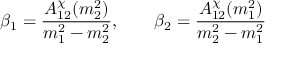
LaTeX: \beta _ { 1 } = { \frac { A _ { 1 2 } ^ { \chi } ( m _ { 2 } ^ { 2 } ) } { m _ { 1 } ^ { 2 } - m _ { 2 } ^ { 2 } } } , \qquad \beta _ { 2 } = { \frac { A _ { 1 2 } ^ { \chi } ( m _ { 1 } ^ { 2 } ) } { m _ { 2 } ^ { 2 } - m _ { 1 } ^ { 2 } } }